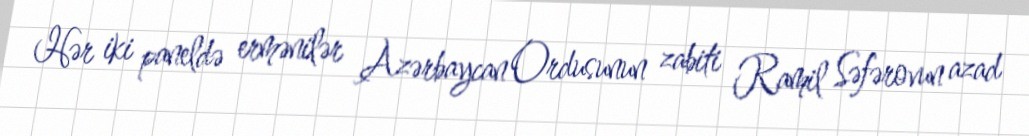
Hər iki paneldə ermənilər Azərbaycan Ordusunun zabiti Ramil Səfərovun azad